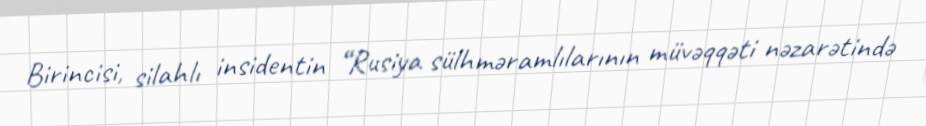
Birincisi, silahlı insidentin “Rusiya sülhməramlılarının müvəqqəti nəzarətində